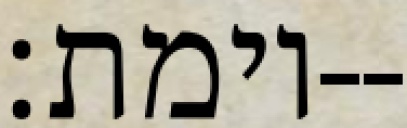
וימת׃--